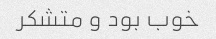
خوب بود و متشکر